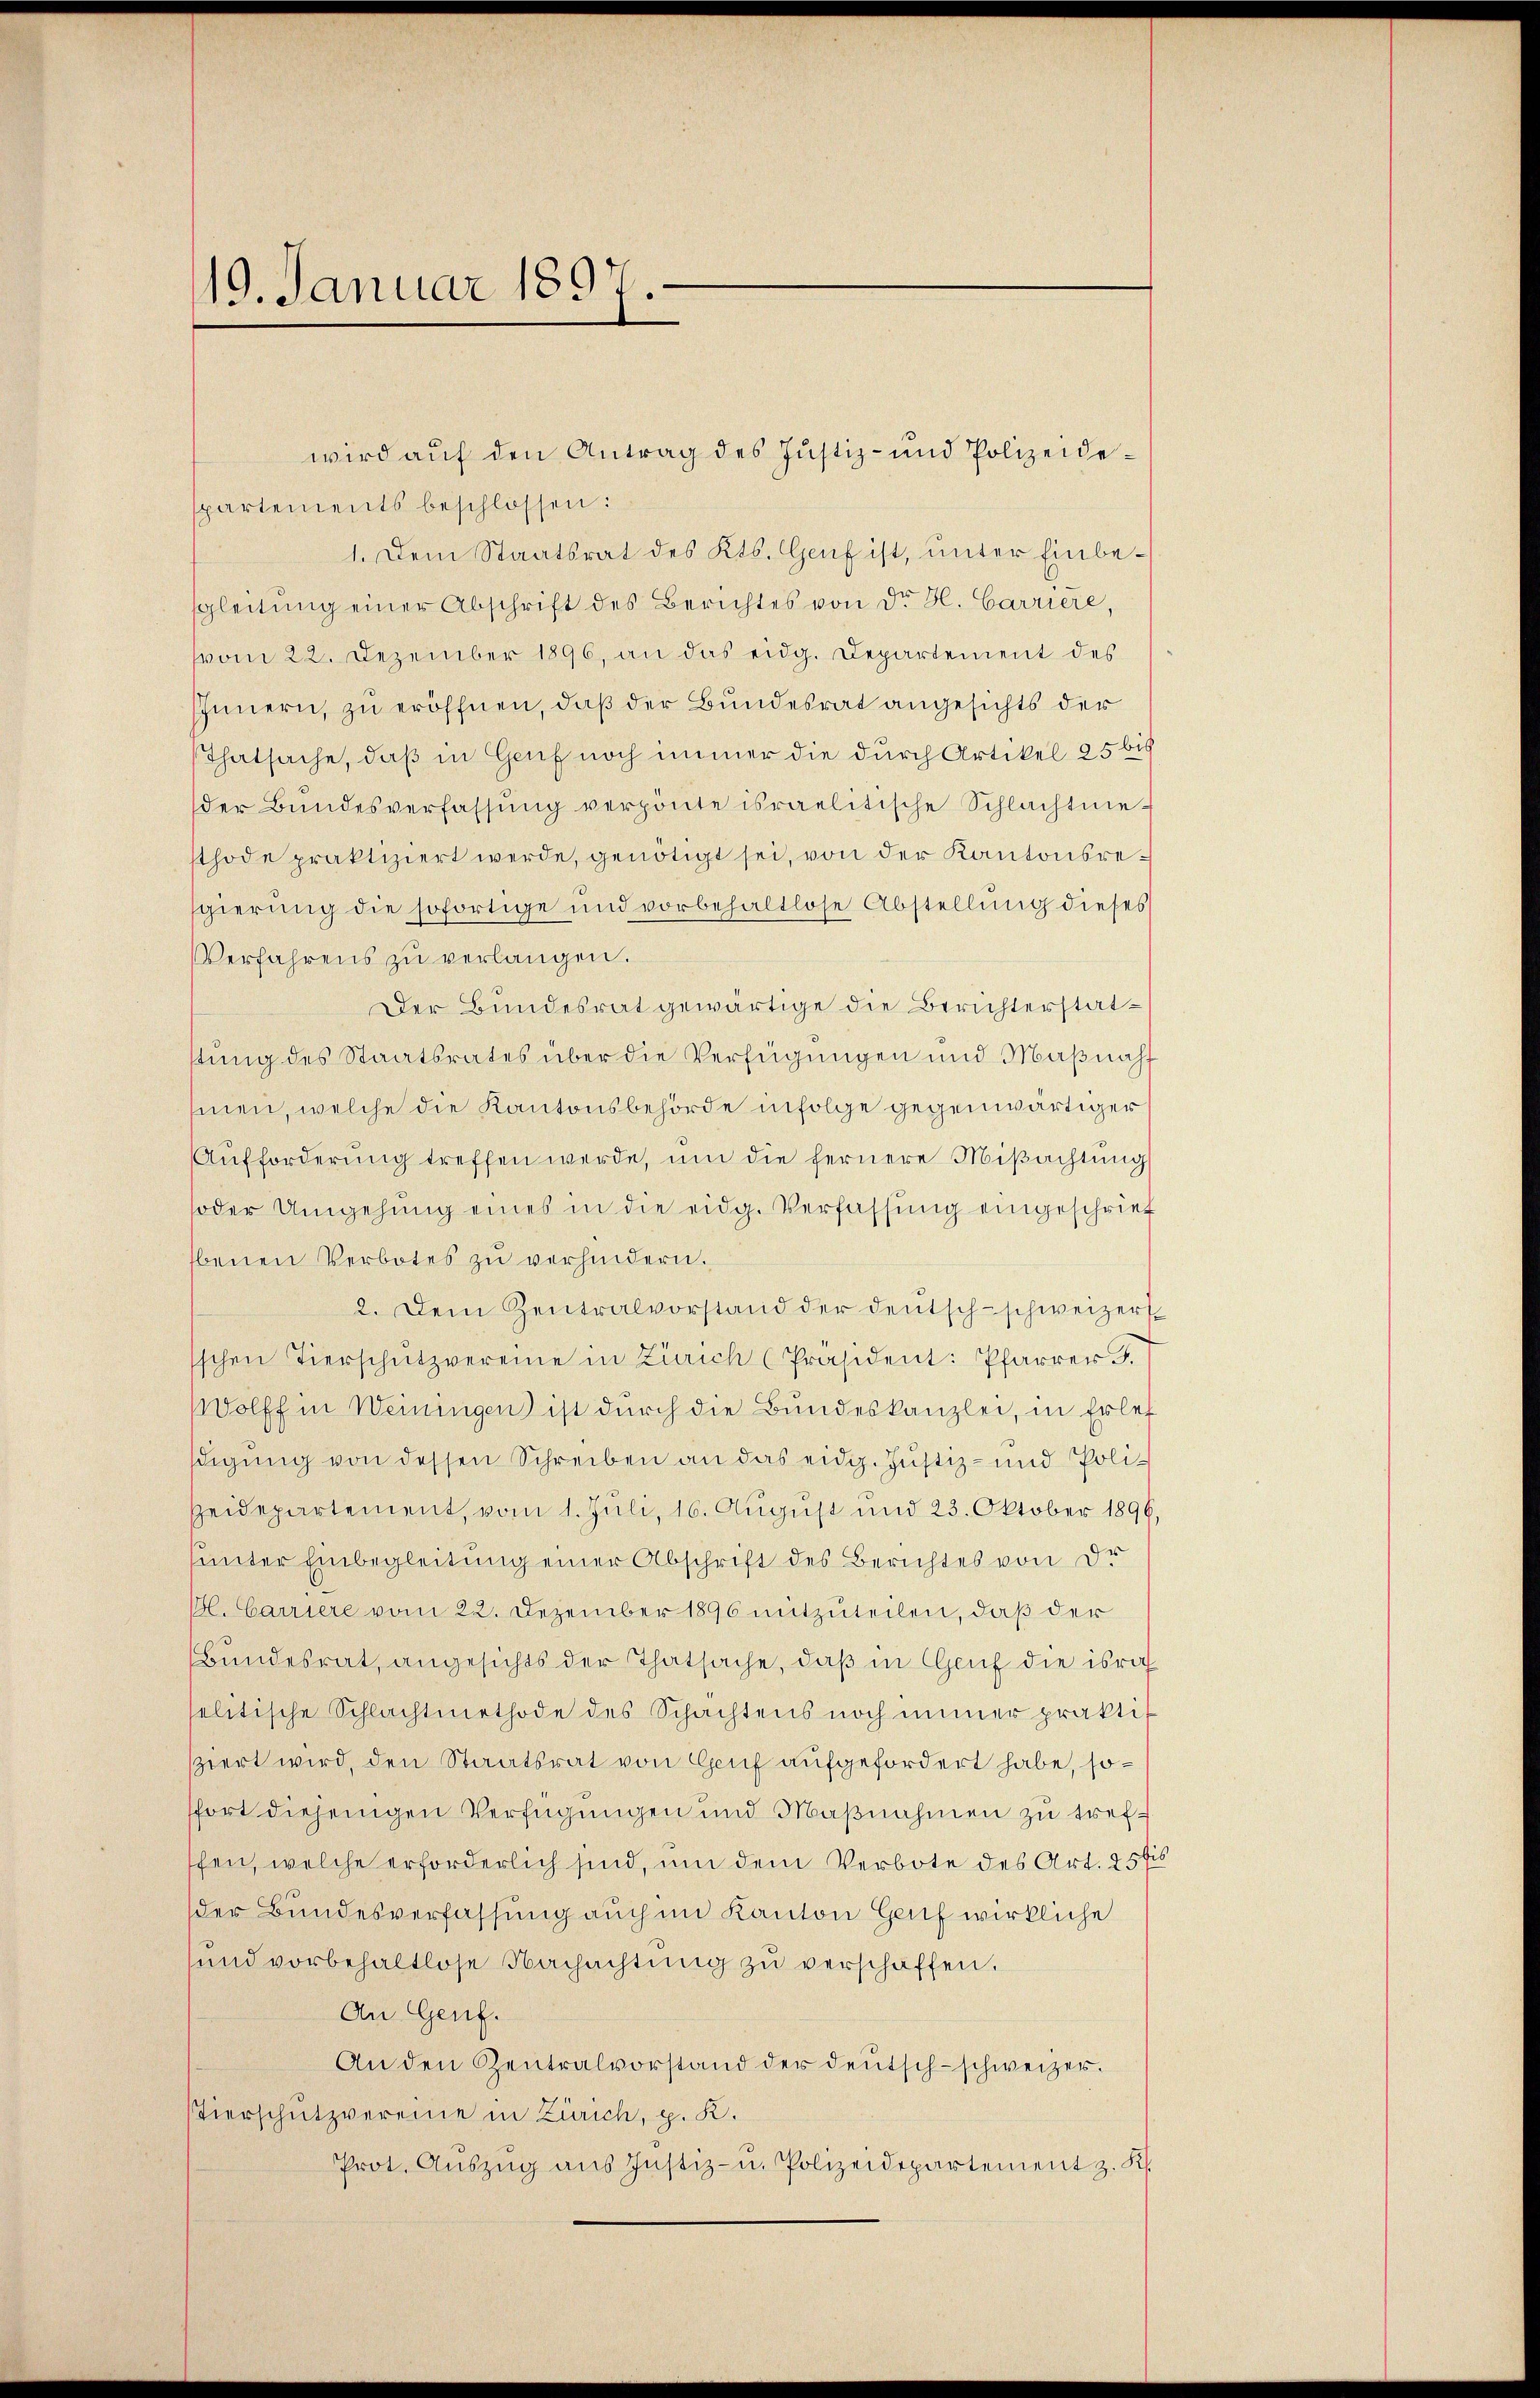
19. Januar 1897.

spartements beschlossen:
1. Dem Staatsrat des Kts. Genf ist, unter Einbesgleitung einer Abschrift des Berichtes von Dr. Bl. Carriere,
vom 22. Dezember 1896, an das eidg. Departement des
Innern, zu eröffnen, daß der Bundesrat angesichts der
Thatsache, daß in Genf noch immer die durch Artikel 25 bis
der Bŭndesverfassŭng verpönte israelitische Schlachtnie-
thode praktiziert werde, genötigt sei, von der Kantonsresgierung die sofortige und vorbehaltlose Abstellung dieses
Verfahrens zu verlangen.
Der Bundesrat gewärtige die Berichterstatstung des Staatsrates über die Verfügungen und Maßnah
men, welche die Kantonsbehörde infolge gegenwärtiger
Aŭfforderŭng treffen werde, um die fernere Miβachtŭng
soder Umgehŭng eines in die eidg. Verfassung eingeschrief
benen Verbotes zu verhindern.
2. Dem Zentralvorstand der deutsch-schweizer
sschen Tierschŭtzvereine in Zürich (Präsident: Pfarrer J.
Wolff in Weiningen ist durch die Bundeskanzlei, in Erlet
sdigung von dessen Schreiben an das eidg. Justiz- und Poli¬
Heidepartement, vom 1. Juli, 16. Aŭgŭst und 23. Oktober 1896,
sunter Einbegleitung einer Abschrift des Berichtes von de
M. Carriere vom 22. Dezember 1896 mitzuteilen, daß der
Bundesrat, angesichts der Thatsache, daß in Genf die isra
selitische Schlachtmethode des Schachtens noch immer praktis
sziert wird, den Staatsrat von Genf aufgefordert habe, sosfort diejenigen Verfügungen und Maßnahmen zu trefschen, welche erforderlich sind, um dem Verbote des Art. 257
der Bundesverfassung auch im Kanton Genf wirkliche
und vorbehaltlose Nachachtung zu verschaffen.
An Genf.
An den Zentralvorstand der deutsch-schweizer.
stierschutzvereine in Zürich, p. K.
Prot. Aŭszŭg aŭs Justiz- u. Polizeidepartement z. K.

wird aŭf den Antrag des Justiz- und Polizeide¬